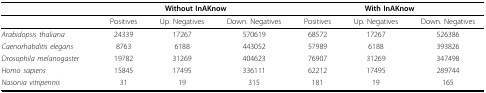
|  | <COLSPAN=3> Without InAKnow | <COLSPAN=3> With InAKnow |
 | --- | --- | --- | --- | --- | --- | --- |
 |  | Positives | Up. Negatives | Down. Negatives | Positives | Up. Negatives | Down. Negatives |
 | Arabidopsis thaliana | 24339 | 17267 | 570619 | 68572 | 17267 | 526386 |
 | Caenorhabditis elegans | 8763 | 6188 | 443052 | 57989 | 6188 | 393826 |
 | Drosophila melanogaster | 19782 | 31269 | 404623 | 76907 | 31269 | 347498 |
 | Homo sapiens | 15845 | 17495 | 336111 | 62212 | 17495 | 289744 |
 | Nasonia vitripennis | 31 | 19 | 315 | 181 | 19 | 165 |